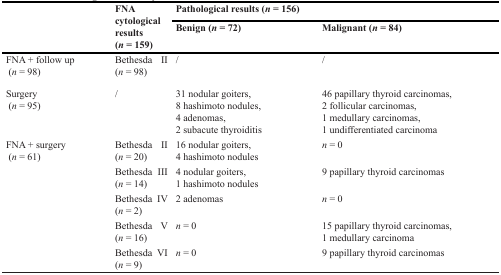
| <ROWSPAN=2>  | <ROWSPAN=2> FNA cytological results (n = 159) | <COLSPAN=2> Pathological results (n = 156) |
 | Benign (n = 72) | Malignant (n = 84) |
 | --- | --- | --- | --- |
 | FNA + follow up(n = 98) | Bethesda II(n = 98) | / | / |
 | Surgery(n = 95) | / | 31 nodular goiters,8 hashimoto nodules,4 adenomas,2 subacute thyroiditis | 46 papillary thyroid carcinomas,2 follicular carcinomas,1 medullary carcinomas,1 undifferentiated carcinoma |
 | FNA + surgery(n = 61) | Bethesda II(n = 20) | 16 nodular goiters,4 hashimoto nodules | n = 0 |
 |  | Bethesda III(n = 14) | 4 nodular goiters,1 hashimoto nodules | 9 papillary thyroid carcinomas |
 |  | Bethesda IV(n = 2) | 2 adenomas | n = 0 |
 |  | Bethesda V(n = 16) | n = 0 | 15 papillary thyroid carcinomas,1 medullary carcinoma |
 |  | Bethesda VI(n = 9) | n = 0 | 9 papillary thyroid carcinomas |